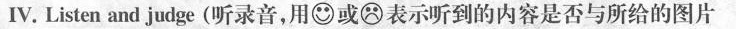
Ⅳ.Listen and judge(听录音，用 或 表示听到的内容是否与所给的图片